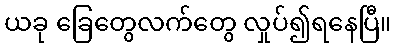
ယခု ခြေတွေလက်တွေ လှုပ်၍ရနေပြီ။